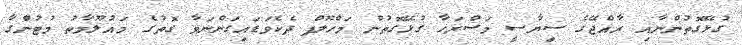
ގުޅޭގޮތުންނާއި ރާއްޖޭގެ ސިޔާސީ މަސްރަހާ ގުޅޭގޮތުން މަހްލޫފް ދެކެވަޑައިގަންނަވާ ގޮތުގެ މައުލޫމާތު މުޓުންގާ